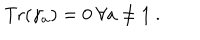
LaTeX: { \mathrm { T r } } ( \gamma _ { a } ) = 0 ~ \forall a \not = 1 ~ .